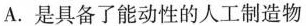
A.是具备了能动性的人工制造物